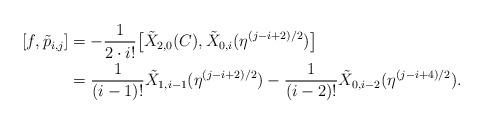
LaTeX: \begin{align*}[f, \tilde{p}_{i, j}] & = -\frac{1}{2 \cdot i!}\big[\tilde{X}_{2, 0}(C), \tilde{X}_{0, i}(\eta^{(j - i + 2)/2})\big] \\& = \frac{1}{(i - 1)!}\tilde{X}_{1, i - 1}(\eta^{(j - i + 2)/2}) - \frac{1}{(i - 2)!}\tilde{X}_{0, i - 2}(\eta^{(j - i + 4)/2}).\end{align*}